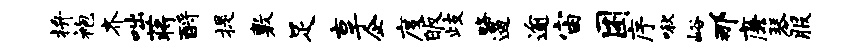
拚袍齐咄蒋酹提敷足享企度皈歧略遏逾宙困序啾峪那廉琴服